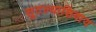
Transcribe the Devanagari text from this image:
सुटल्याशिवाय